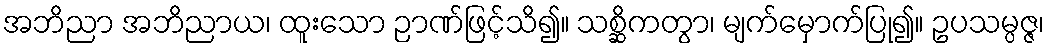
အဘိညာ အဘိညာယ၊ ထူးသော ဉာဏ်ဖြင့်သိ၍။ သစ္ဆိကတွာ၊ မျက်မှောက်ပြု၍။ ဥပသမ္ပဇ္ဇ၊